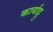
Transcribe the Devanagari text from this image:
कार्याट्टु